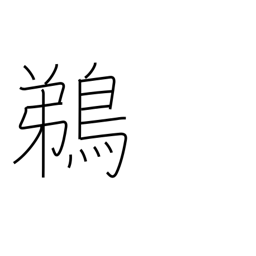
Meaning: cormorant